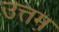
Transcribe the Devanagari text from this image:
उत्तम़